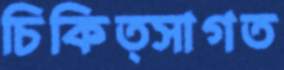
চিকিত্সাগত